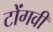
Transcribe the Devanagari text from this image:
टोंगवी